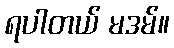
ရပါတယ် မဒမ်။